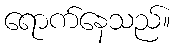
ရောက်နေသည်။